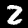
Digit: 2